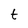
Character: t